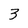
Character: 3